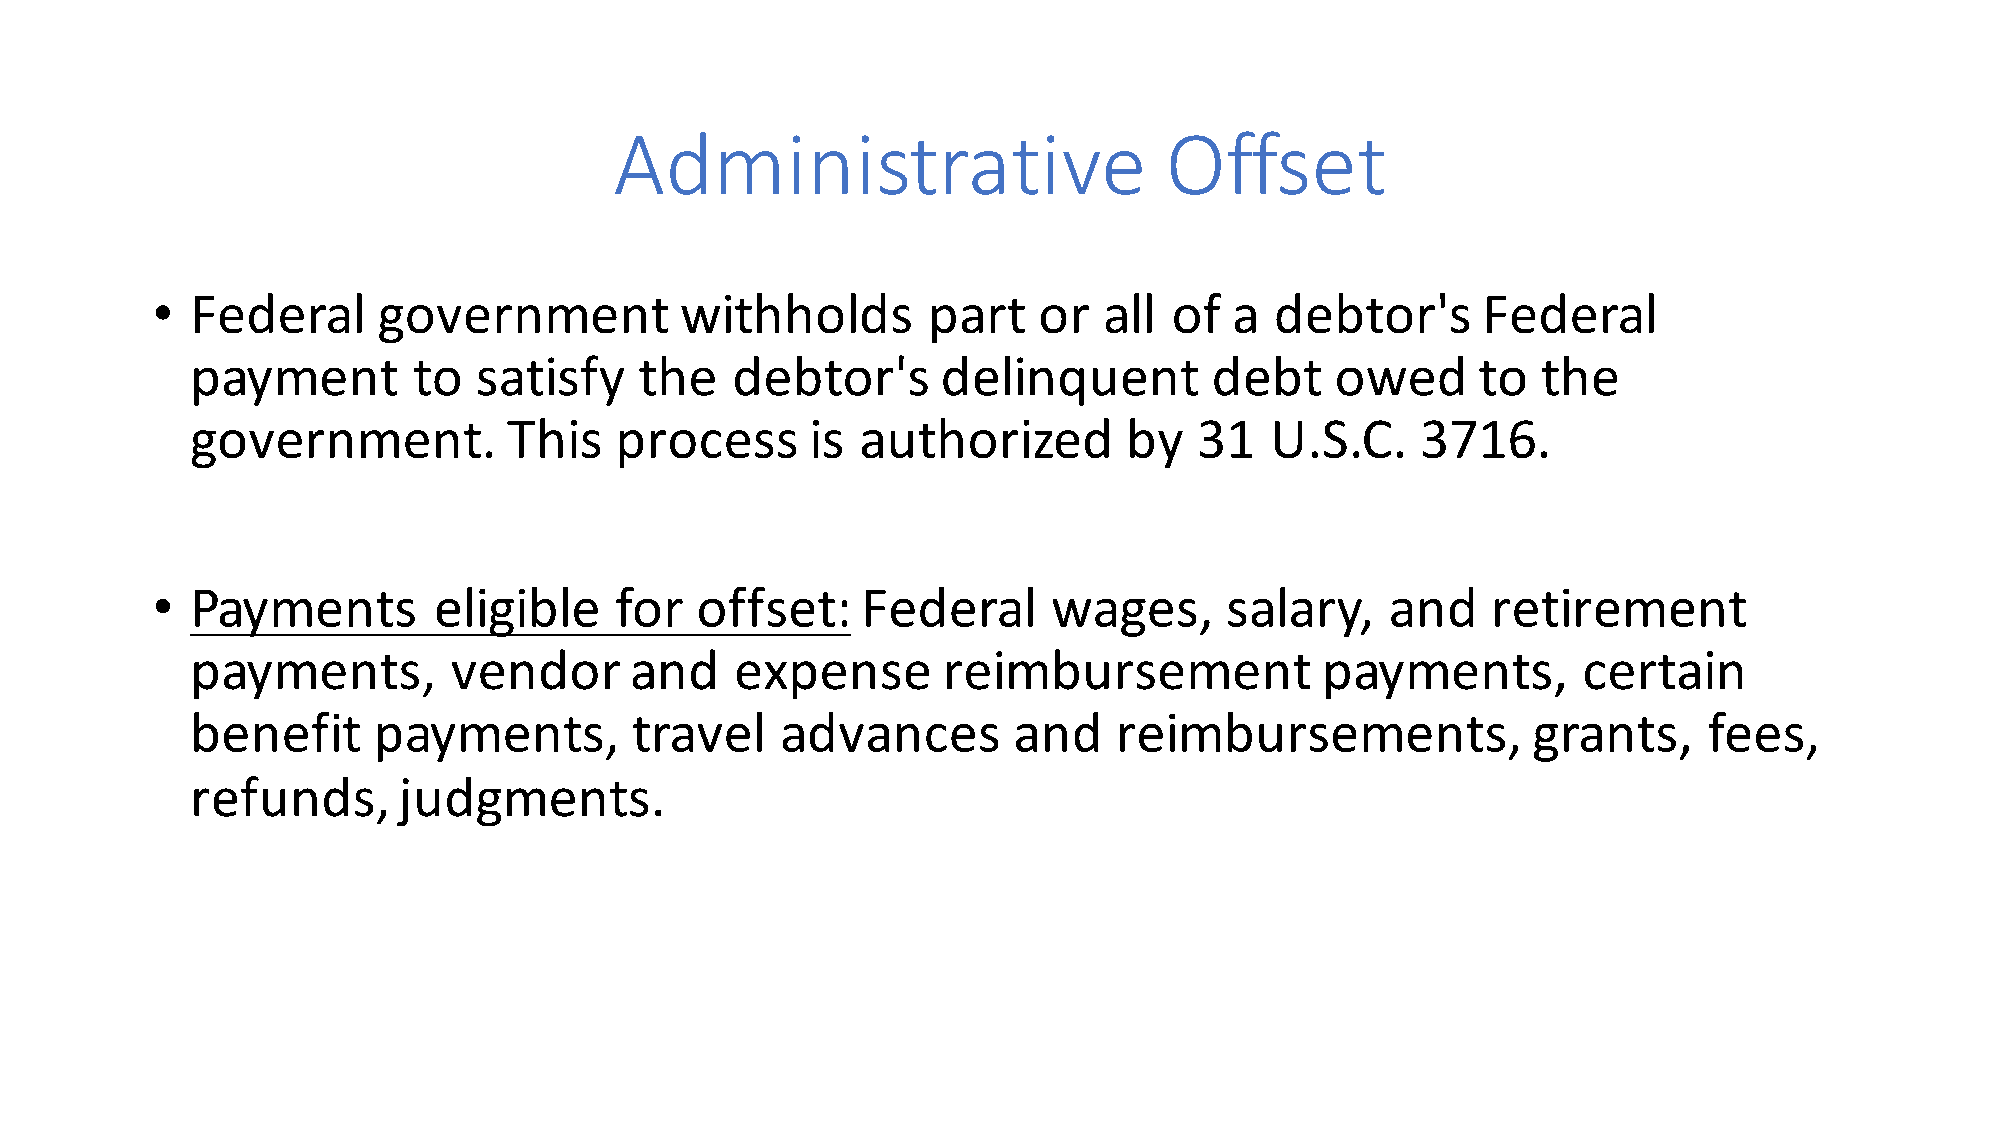
Administrative                      Offset
 •  Federal     government          withholds       part    or  all  of  a debtor's      Federal
 payment       to  satisfy    the   debtor's      delinquent        debt    owed      to  the
 government.          This   process      is authorized        by  31   U.S.C.    3716.
 •  Payments        eligible    for  offset:    Federal      wages,     salary,    and    retirement
 payments,        vendor      and    expense      reimbursement            payments,         certain
 benefit     payments,        travel    advances       and    reimbursements,            grants,     fees,
 refunds,     judgments.